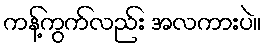
ကန့်ကွက်လည်း အလကားပဲ။